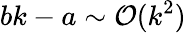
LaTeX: bk-a\sim\mathcal{O}(k^{2})